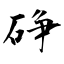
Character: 碀